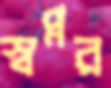
স্বপ্নর